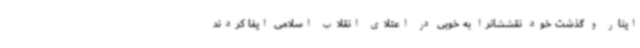
ایثار و گذشت خود نقششانرا به خوبی در اعتلای انقلاب اسلامی ایفا کردند